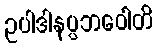
ဥပါဒါနပ္ပဘဝေါတိ